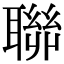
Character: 聯